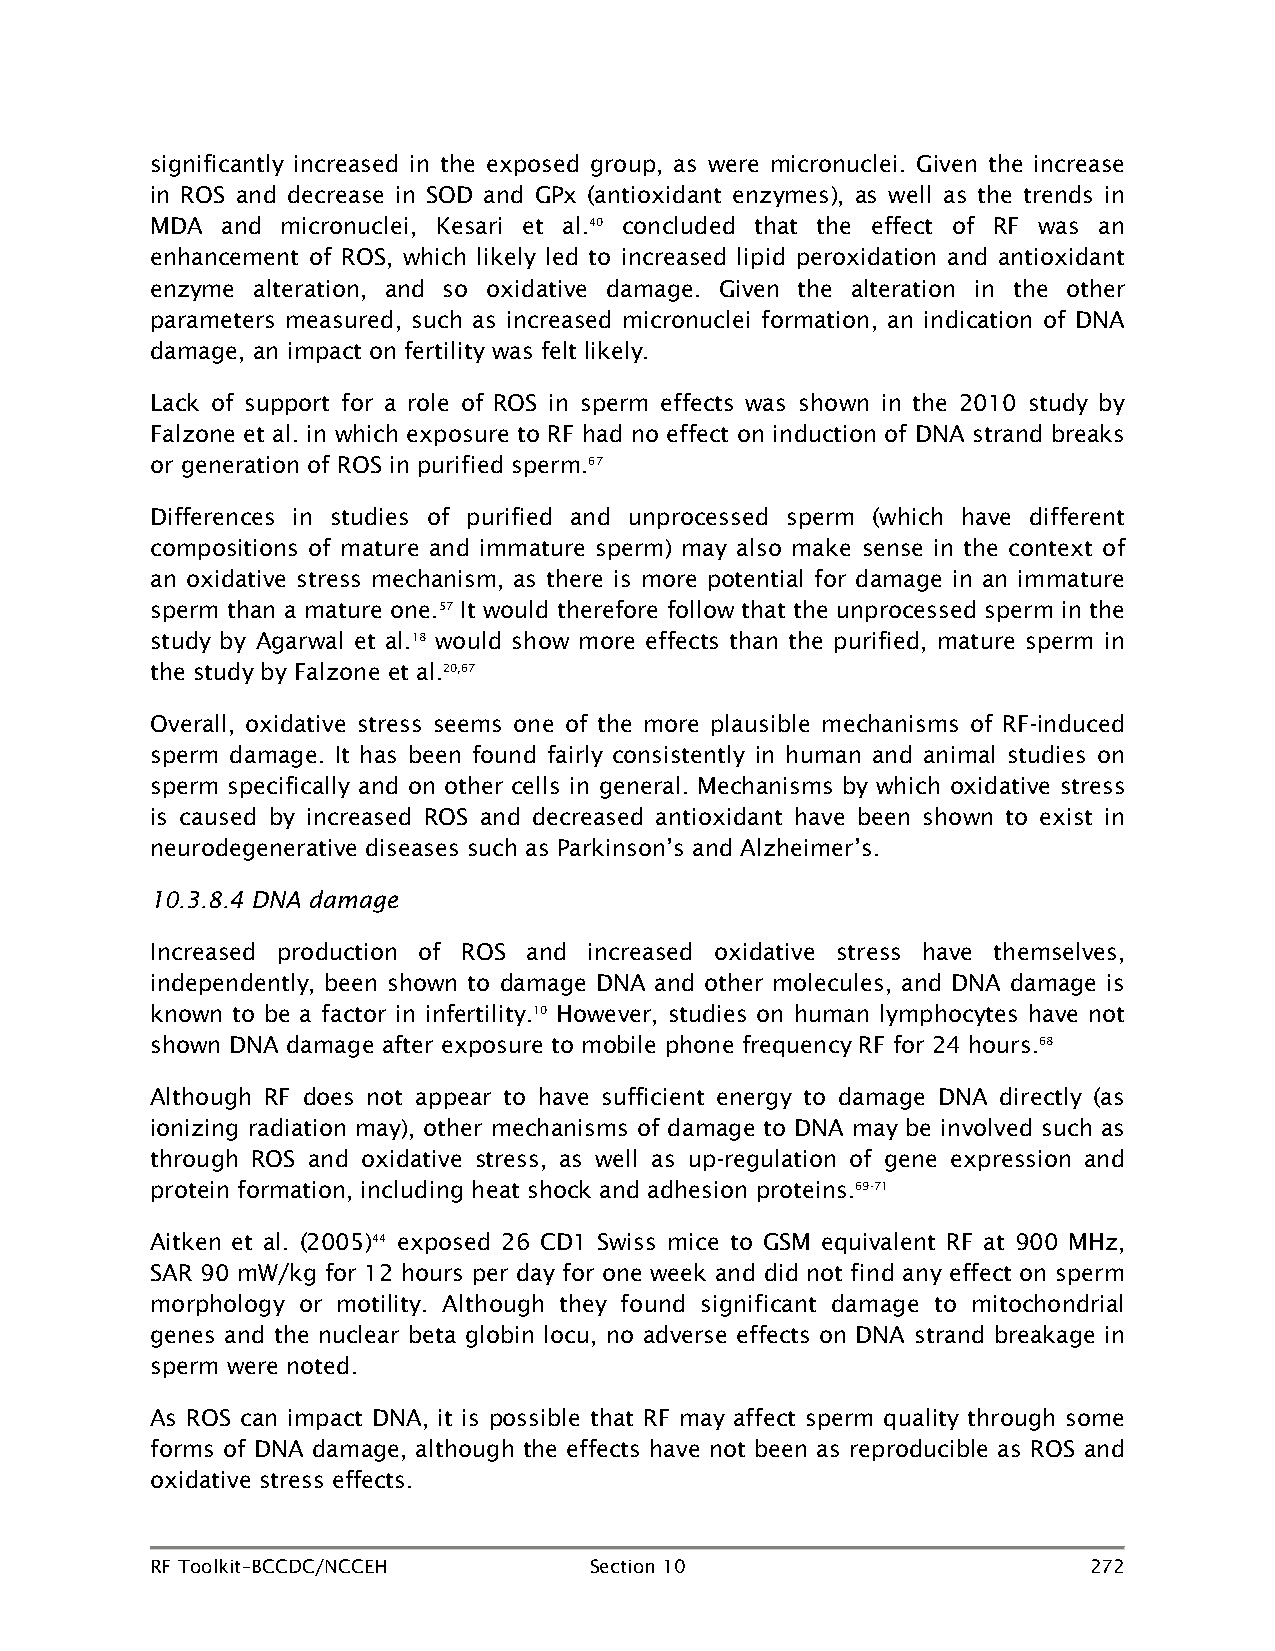
significantly increased in the exposed group, as were micronuclei. Given the increase
 in ROS and decrease in SOD and GPx (antioxidant enzymes), as well as the trends in
 MDA  and micronuclei, Kesari et al.40 concluded that the effect of RF was an
 enhancement of ROS, which likely led to increased lipid peroxidation and antioxidant
 enzyme alteration, and so oxidative damage. Given the alteration in the other
 parameters measured, such as increased micronuclei formation, an indication of DNA
 damage, an impact on fertility was felt likely.
 Lack of support for a role of ROS in sperm effects was shown in the 2010 study by
 Falzone et al. in which exposure to RF had no effect on induction of DNA strand breaks
 or generation of ROS in purified sperm.67
 Differences in studies of purified and unprocessed sperm (which have different
 compositions of mature and immature sperm) may also make sense in the context of
 an oxidative stress mechanism, as there is more potential for damage in an immature
 sperm than a mature one.57 It would therefore follow that the unprocessed sperm in the
 study by Agarwal et al.18 would show more effects than the purified, mature sperm in
 the study by Falzone et al.20,67
 Overall, oxidative stress seems one of the more plausible mechanisms of RF-induced
 sperm damage. It has been found fairly consistently in human and animal studies on
 sperm specifically and on other cells in general. Mechanisms by which oxidative stress
 is caused by increased ROS and decreased antioxidant have been shown to exist in
 neurodegenerative diseases such as Parkinson’s and Alzheimer’s.
 10.3.8.4 DNA damage
 Increased production of ROS and increased oxidative stress have themselves,
 independently, been shown to damage DNA and other molecules, and DNA damage is
 known to be a factor in infertility.10 However, studies on human lymphocytes have not
 shown DNA damage after exposure to mobile phone frequency RF for 24 hours.68
 Although RF does not appear to have sufficient energy to damage DNA directly (as
 ionizing radiation may), other mechanisms of damage to DNA may be involved such as
 through ROS and oxidative stress, as well as up-regulation of gene expression and
 protein formation, including heat shock and adhesion proteins.69-71
 Aitken et al. (2005)44 exposed 26 CD1 Swiss mice to GSM equivalent RF at 900 MHz,
 SAR 90 mW/kg for 12 hours per day for one week and did not find any effect on sperm
 morphology or motility. Although they found significant damage to mitochondrial
 genes and the nuclear beta globin locu, no adverse effects on DNA strand breakage in
 sperm were noted.
 As ROS can impact DNA, it is possible that RF may affect sperm quality through some
 forms of DNA damage, although the effects have not been as reproducible as ROS and
 oxidative stress effects.
 RF Toolkit–BCCDC/NCCEH       Section 10                       272